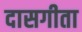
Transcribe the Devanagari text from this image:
दासगीता